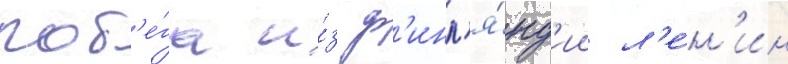
поб'е́га и́з ф'инл'я́нд'ии л'е́н'ин